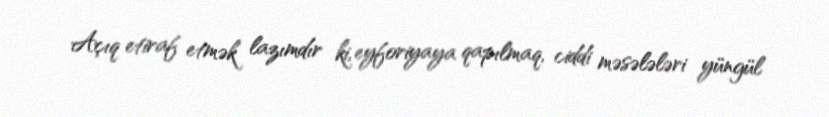
Açıq etiraf etmək lazımdır ki, eyforiyaya qapılmaq, ciddi məsələləri yüngül